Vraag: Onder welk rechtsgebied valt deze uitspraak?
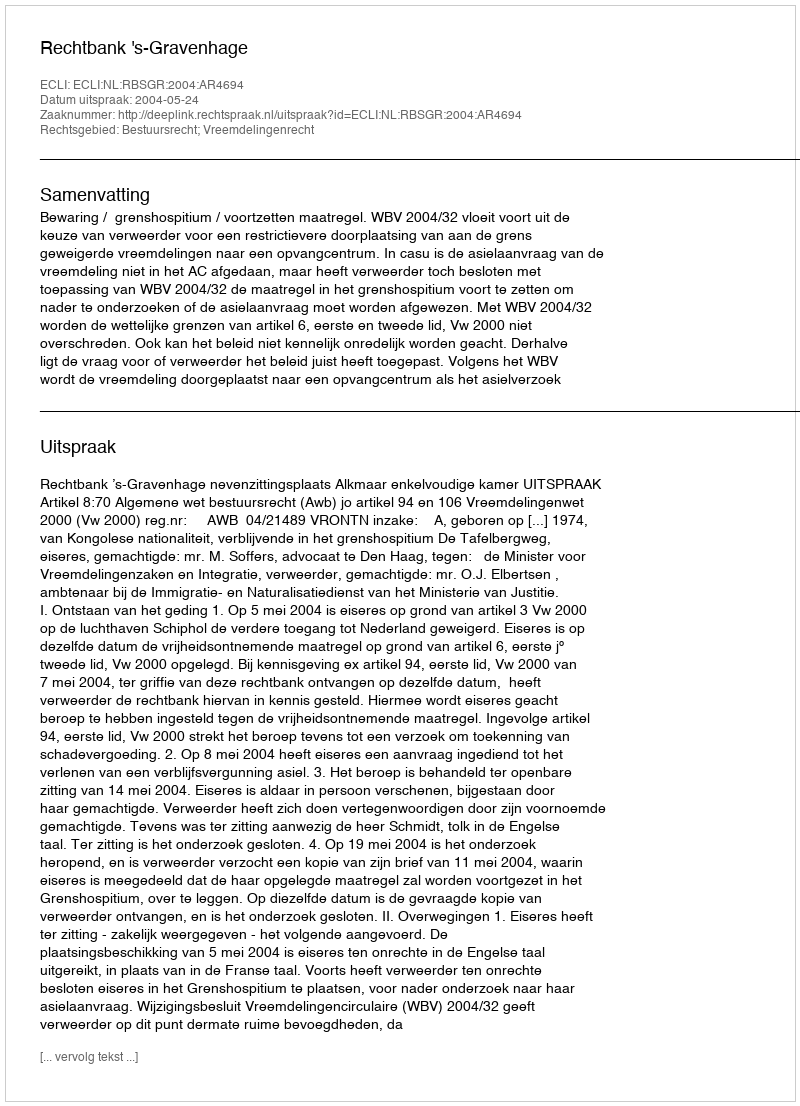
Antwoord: Bestuursrecht; Vreemdelingenrecht